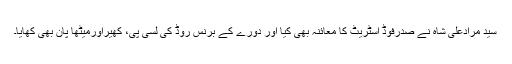
سید مرادعلی شاہ نے صدرفوڈ اسٹریٹ کا معائنہ بھی کیا اور دورے کے برنس روڈ کی لسی پی، کھیراورمیٹھا پان بھی کھایا۔